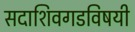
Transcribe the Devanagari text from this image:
सदाशिवगडविषयी